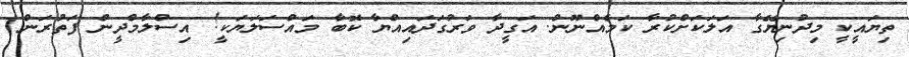
ތިޔައީކީ މިދުނިޔޭގާ އަލަކަށްކުރާ ކަމެއްނޫން. އަގީދާ ވަރުގަދައިއްޔާ ކޮބާ މައްސަލަޔަކީ! އިސްލާމްދީން ފަތުރަން